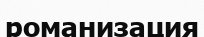
романизация